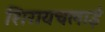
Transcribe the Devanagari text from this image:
शिरायचलाई